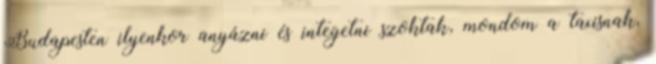
Budapesten ilyenkor anyázni és integetni szoktak, mondom a taxisnak,